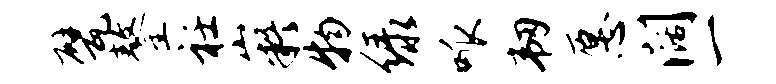
甓鏊衽嶷物绿呱韧愿阔一